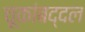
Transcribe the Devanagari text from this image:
चूकांबद्दल